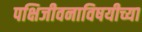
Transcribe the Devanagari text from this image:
पक्षिजीवनाविषयीच्या